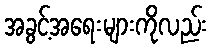
အခွင့်အရေးများကိုလည်း